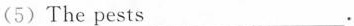
(5)The pests___.